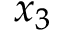
x _ { 3 }